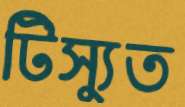
টিস্যুত